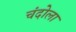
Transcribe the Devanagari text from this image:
चंदोला